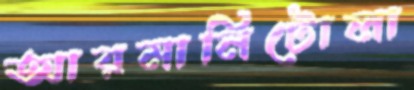
আরমানিটোলা